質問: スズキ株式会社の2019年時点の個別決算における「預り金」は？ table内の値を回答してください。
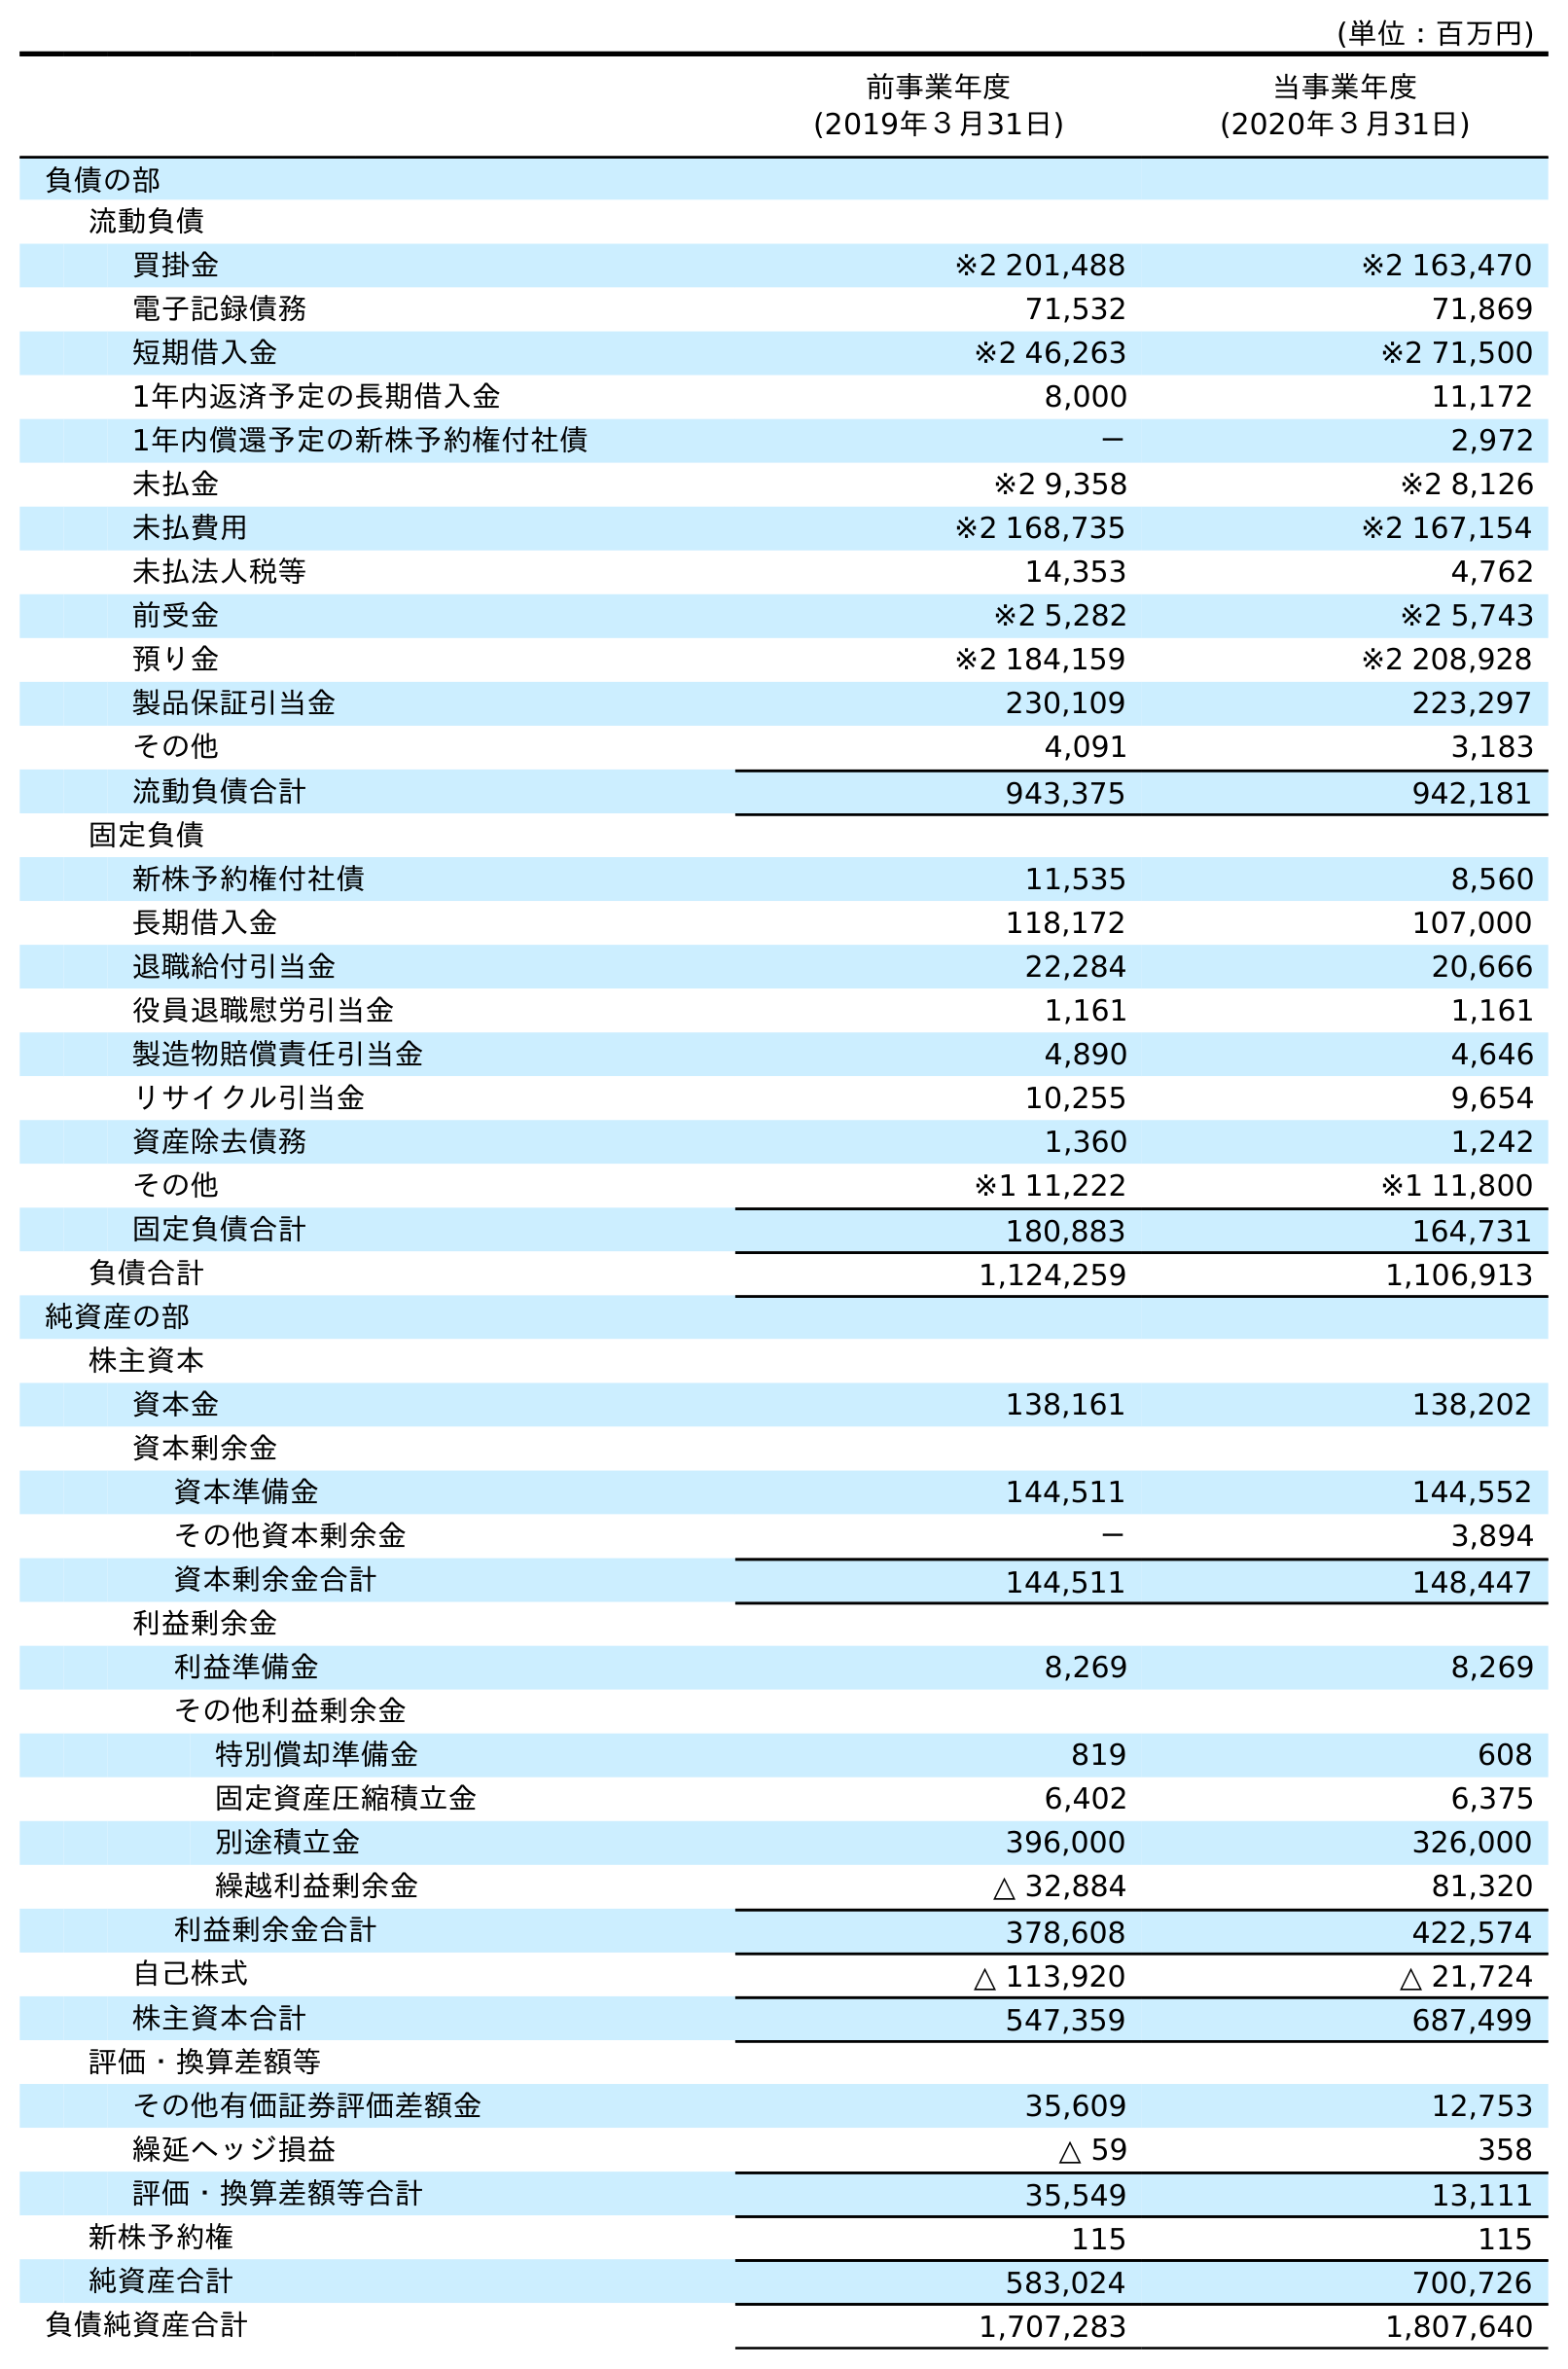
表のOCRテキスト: (単位：百万円) 前事業年度 (2019年３月31日) 当事業年度 (2020年３月31日) 負債の部 流動負債 買掛金 ※2 201,488 ※2 163,470 電子記録債務 71,532 71,869 短期借入金 ※2 46,263 ※2 71,500 1年内返済予定の長期借入金 8,000 11,172 1年内償還予定の新株予約権付社債 － 2,972 未払金 ※2 9,358 ※2 8,126 未払費用 ※2 168,735 ※2 167,154 未払法人税等 14,353 4,762 前受金 ※2 5,282 ※2 5,743 預り金 ※2 184,159 ※2 208,928 製品保証引当金 230,109 223,297 その他 4,091 3,183 流動負債合計 943,375 942,181 固定負債 新株予約権付社債 11,535 8,560 長期借入金 118,172 107,000 退職給付引当金 22,284 20,666 役員退職慰労引当金 1,161 1,161 製造物賠償責任引当金 4,890 4,646 リサイクル引当金 10,255 9,654 資産除去債務 1,360 1,242 その他 ※1 11,222 ※1 11,800 固定負債合計 180,883 164,731 負債合計 1,124,259 1,106,913 純資産の部 株主資本 資本金 138,161 138,202 資本剰余金 資本準備金 144,511 144,552 その他資本剰余金 － 3,894 資本剰余金合計 144,511 148,447 利益剰余金 利益準備金 8,269 8,269 その他利益剰余金 特別償却準備金 819 608 固定資産圧縮積立金 6,402 6,375 別途積立金 396,000 326,000 繰越利益剰余金 △ 32,884 81,320 利益剰余金合計 378,608 422,574 自己株式 △ 113,920 △ 21,724 株主資本合計 547,359 687,499 評価・換算差額等 その他有価証券評価差額金 35,609 12,753 繰延ヘッジ損益 △ 59 358 評価・換算差額等合計 35,549 13,111 新株予約権 115 115 純資産合計 583,024 700,726 負債純資産合計 1,707,283 1,807,640
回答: ※2184,159